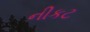
નીકટ